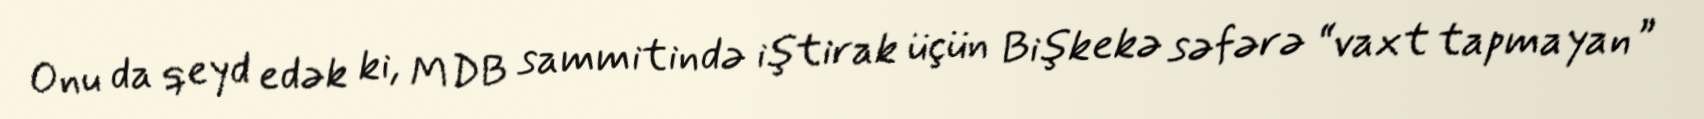
Onu da qeyd edək ki, MDB sammitində iştirak üçün Bişkekə səfərə “vaxt tapmayan”